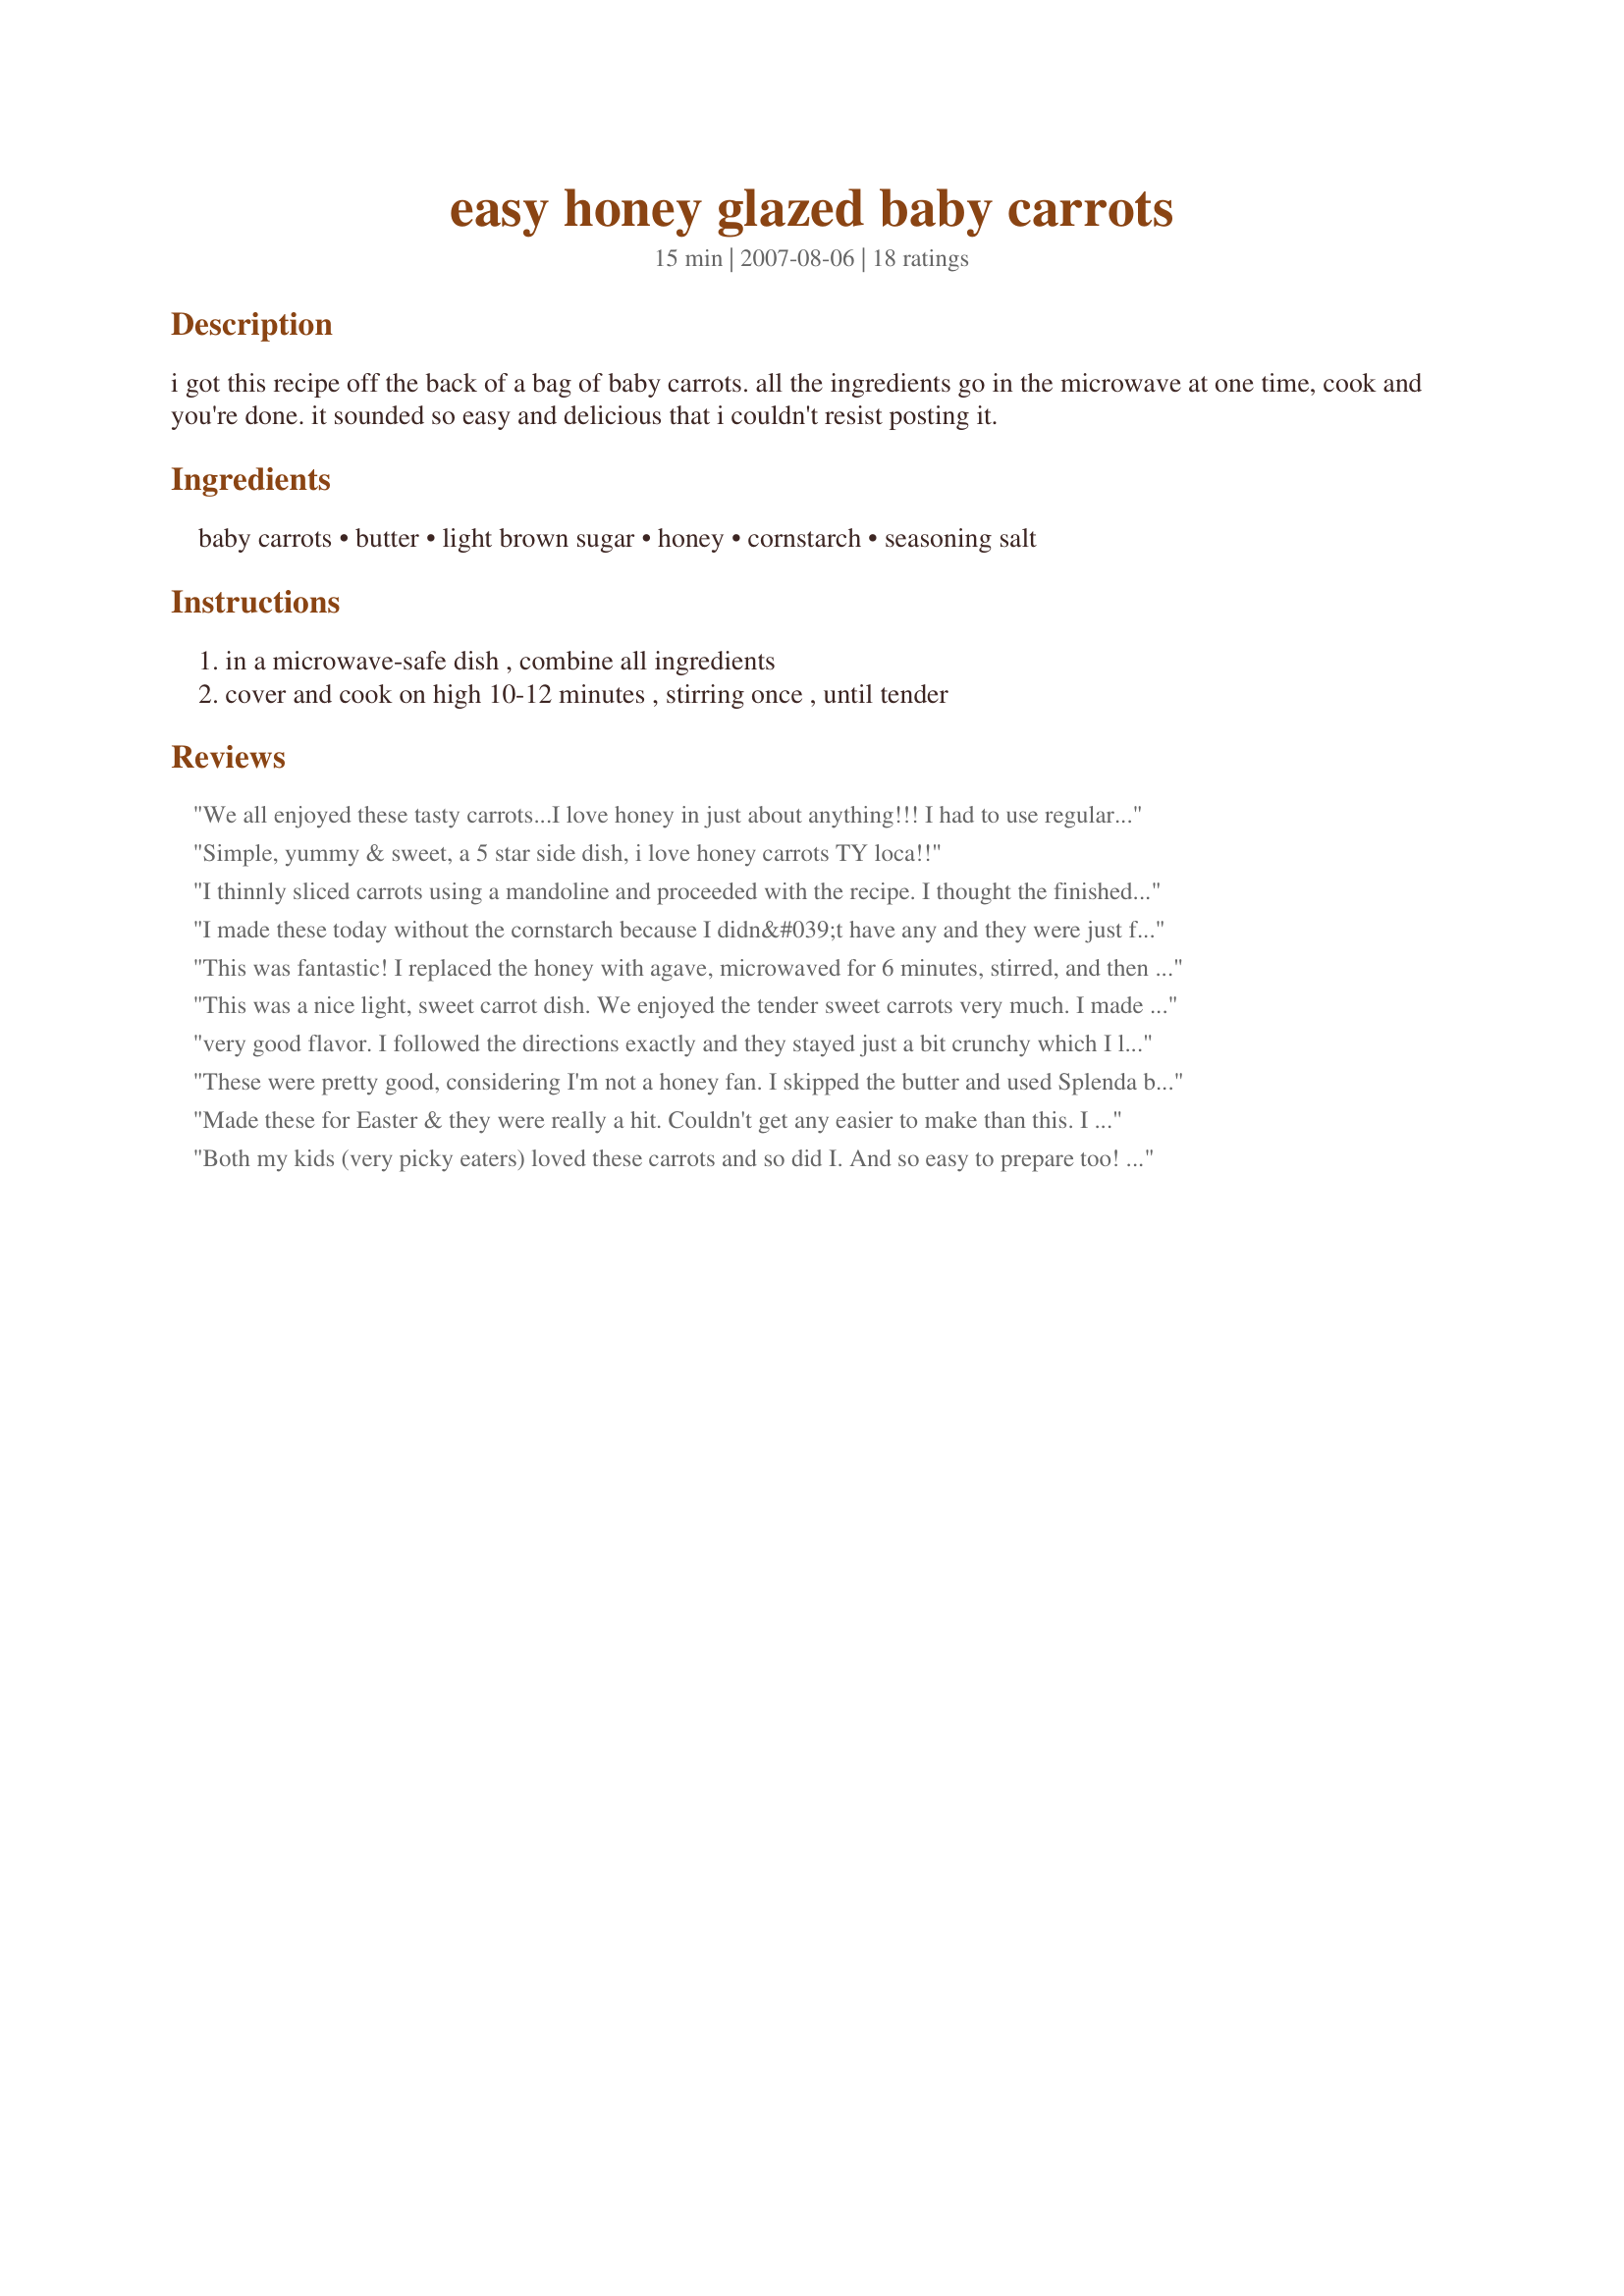
easy honey glazed baby carrots
Preparation time: 15 minutes

i got this recipe off the back of a bag of baby carrots. all the ingredients go in the microwave at one time, cook and you're done. it sounded so easy and delicious that i couldn't resist posting it.

Ingredients:
baby carrots, butter, light brown sugar, honey, cornstarch, seasoning salt

Steps:
in a microwave-safe dish , combine all ingredients, cover and cook on high 10-12 minutes , stirring once , until tender

Reviews:
We all enjoyed these tasty carrots...I love honey in just about anything!!! I had to use regular carrots as they grocer here does not carry baby carrots. However, the outcome was a sweet sensation. Made for PAC 2007. Please keep those recipes coming, loca1107.
Simple, yummy & sweet, a 5 star side dish, i love honey carrots TY loca!!
I thinnly sliced carrots using a mandoline and proceeded with the recipe. I thought the finished dish had a nice sweet flavor. The cooking time was off for me & my microwave, but that was not an issue. Thank you for sharing your recipe! Made for PAC Fall '07.
I made these today without the cornstarch because I didn&#039;t have any and they were just fine. I love glazed carrots and this was so easy!!! Thanks for sharing.
This was fantastic! I replaced the honey with agave, microwaved for 6 minutes, stirred, and then did 6 minutes more; the result was perfect baby carrots. At the end, I realized that I forgot to add the cornstarch, so I added a slurry of it in then; next time, I think I&#039;ll skip the cornstarch and the brown sugar entirely. Awesome recipe.
This was a nice light, sweet carrot dish. We enjoyed the tender sweet carrots very much. I made these twice because the first batch burned, I'm still getting use to my new mircowave. I used fresh, sweet, market carrots and chunked them, it worked well. Thanks so much for sharing loca1107. Made for PAC Fall 07.
very good flavor. I followed the directions exactly and they stayed just a bit crunchy which I loved. Even my 11 year old who won't eat cooked carrots loved these. I am planning on making them for Easter. TY for posting:)
These were pretty good, considering I'm not a honey fan. I skipped the butter and used Splenda brown sugar blend... I would have liked the carrots to be a tad crisper, though. Thanks for posting.
Made these for Easter & they were really a hit. Couldn't get any easier to make than this. I will be making these a lot.
Both my kids (very picky eaters) loved these carrots and so did I. And so easy to prepare too! Thank you very much for sharing it.
I made this recipe on 3/12/09 as part of mine and SO's dinner.I use regular cut up carrots since that's all that I had,but other than that the recipe was made as written.I've never heard of adding seasoned salt to carrots,but I went ahead with it. And it seemed to give the carrots "a little something extra " These are so going to be made again. Thanks for posting and, "Keep Smiling :)"
Easy & delicious! I doubled the recipe and cooked for about 14 minutes in my 1100 watt microwave to make them nice and tender. I'll be saving this recipe to use again.
Very good and quick. My microwave is pretty high wattage so I think next time I'll cook about<br/> 3-4 minutes less.
I halved the recipe and it worked perfectly.
I love this recipe. I use whatever carrots I have and we like a thinner glaze so I use a bit less cornstarch, but they are now my husband's very favorites! Thanks for the recipe!
Delicious and easy. Thanks!
So Very Easy AND Delish....it doesn't get any better. A friend of mine previously told me about this same recipe off the back of a bag of mini carrots. Tried it then, and it was good too. Just had to rate, so that others Know, it is REALLY EASY AND REALLY GOOD!
This was a huge hit with my family! It was just sweet enough to cover the flavor of a couple of bitter carrots that were in the batch. I didn't have any baby carrots so tried it with regular carrots. A little more prep work, but well worth it! There were NO leftovers!
